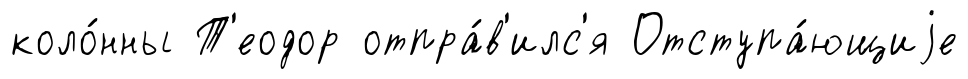
коло́нны Т'еодор отпра́в'илс'я Отступа́ющиjе